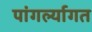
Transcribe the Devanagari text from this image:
पांगर्ल्यागत